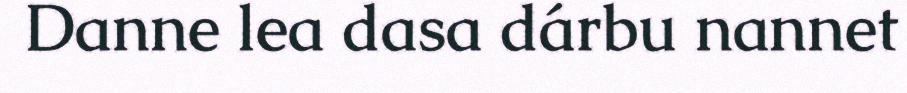
Danne lea dasa dárbu nannet